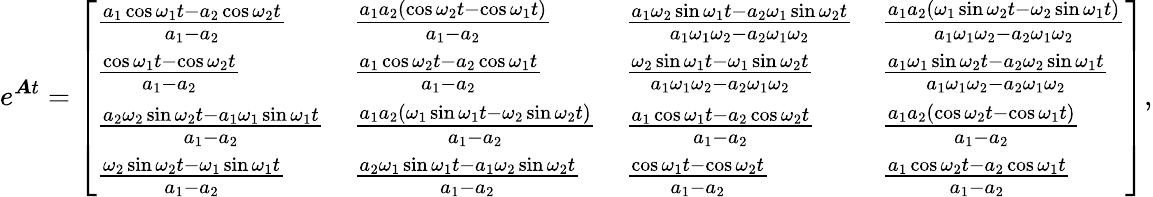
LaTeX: e^{\boldsymbol{A}t}=\left[\begin{array}{llll}{\frac{a_{1}\cos\omega_{1}t-a_{2}\cos\omega_{2}t}{a_{1}-a_{2}}}&{\frac{a_{1}a_{2}(\cos\omega_{2}t-\cos\omega_{1}t)}{a_{1}-a_{2}}}&{\frac{a_{1}\omega_{2}\sin\omega_{1}t-a_{2}\omega_{1}\sin\omega_{2}t}{a_{1}\omega_{1}\omega_{2}-a_{2}\omega_{1}\omega_{2}}}&{\frac{a_{1}a_{2}(\omega_{1}\sin\omega_{2}t-\omega_{2}\sin\omega_{1}t)}{a_{1}\omega_{1}\omega_{2}-a_{2}\omega_{1}\omega_{2}}}\\ {\frac{\cos\omega_{1}t-\cos\omega_{2}t}{a_{1}-a_{2}}}&{\frac{a_{1}\cos\omega_{2}t-a_{2}\cos\omega_{1}t}{a_{1}-a_{2}}}&{\frac{\omega_{2}\sin\omega_{1}t-\omega_{1}\sin\omega_{2}t}{a_{1}\omega_{1}\omega_{2}-a_{2}\omega_{1}\omega_{2}}}&{\frac{a_{1}\omega_{1}\sin\omega_{2}t-a_{2}\omega_{2}\sin\omega_{1}t}{a_{1}\omega_{1}\omega_{2}-a_{2}\omega_{1}\omega_{2}}}\\ {\frac{a_{2}\omega_{2}\sin\omega_{2}t-a_{1}\omega_{1}\sin\omega_{1}t}{a_{1}-a_{2}}}&{\frac{a_{1}a_{2}(\omega_{1}\sin\omega_{1}t-\omega_{2}\sin\omega_{2}t)}{a_{1}-a_{2}}}&{\frac{a_{1}\cos\omega_{1}t-a_{2}\cos\omega_{2}t}{a_{1}-a_{2}}}&{\frac{a_{1}a_{2}(\cos\omega_{2}t-\cos\omega_{1}t)}{a_{1}-a_{2}}}\\ {\frac{\omega_{2}\sin\omega_{2}t-\omega_{1}\sin\omega_{1}t}{a_{1}-a_{2}}}&{\frac{a_{2}\omega_{1}\sin\omega_{1}t-a_{1}\omega_{2}\sin\omega_{2}t}{a_{1}-a_{2}}}&{\frac{\cos\omega_{1}t-\cos\omega_{2}t}{a_{1}-a_{2}}}&{\frac{a_{1}\cos\omega_{2}t-a_{2}\cos\omega_{1}t}{a_{1}-a_{2}}}\end{array}\right],